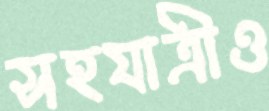
সহযাত্রীও